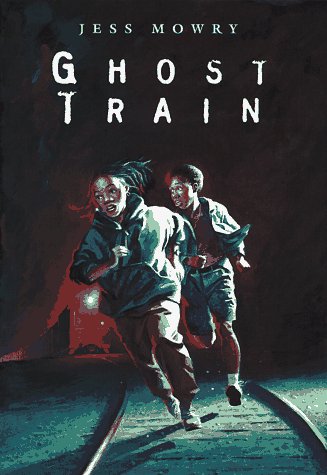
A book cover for Ghost Train; Jess Mowry; Travel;